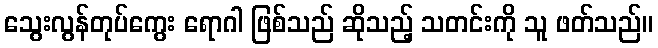
သွေးလွန်တုပ်ကွေး ရောဂါ ဖြစ်သည် ဆိုသည့် သတင်းကို သူ ဖတ်သည်။